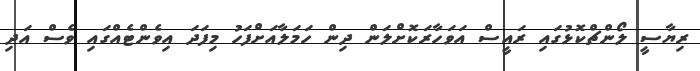
ރިޔާސީ ލޯންޗްކޮޅުގައި ރައީސް އަވަހާރަކޮށްލަން ދިން ހަމަލާއަށްފަހު މިފަދަ އިވެންޓެއްގައި ވެސް އަދި